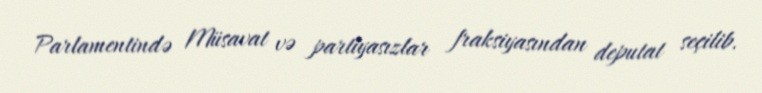
Parlamentində Müsavat və partiyasızlar fraksiyasından deputat seçilib.